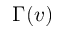
\Gamma ( v )